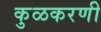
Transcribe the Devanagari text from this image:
कुळकरणी